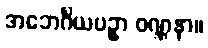
အဘေင်္ဂိယပဥှာ ဝဏ္ဏနာ။